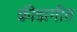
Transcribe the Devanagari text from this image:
क्रीडागीत